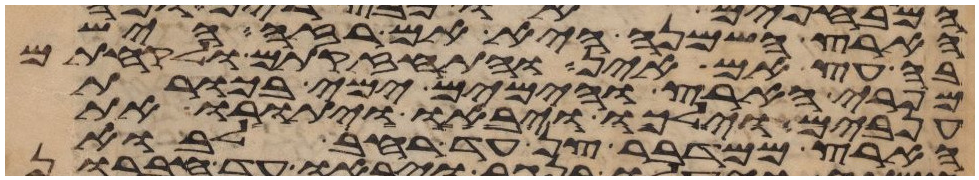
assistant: הארץ השמנה היא אם רזה היש
בה עץ אם אין והתחזקתם ולקחתם
מפרי הארץ והימים ימי בכורת
ענבים וילכו ויבאו ויתורו את
הארץ ממדבר צן עד רחב לבוא